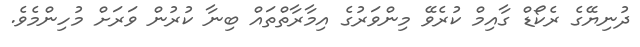
ދުނިޔޭގެ ރެކޯޑް ގާއިމް ކުރެވޭ މިންވަރުގެ އިމާރާތްތައް ބިނާ ކުރުން ވަރަށް މުހިންމެވެ.